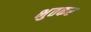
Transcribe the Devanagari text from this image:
भुतकर